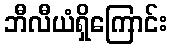
ဘီလီယံရှိကြောင်း